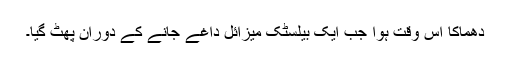
دھماکا اُس وقت ہوا جب ایک بیلسٹک میزائل داغے جانے کے دوران پھٹ گیا۔